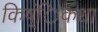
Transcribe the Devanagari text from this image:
किष्ंिकधा